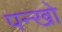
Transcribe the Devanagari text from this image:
पन्खो